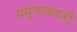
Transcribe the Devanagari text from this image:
यमुनाकाठी